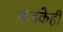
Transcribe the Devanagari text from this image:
फडकेही